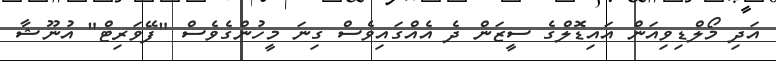
އަދި މޯލްޑިވިއަން އައިޑޮލްގެ ސީޒަން ދެ އެއްގައިވެސް ގިނަ މީހުންގެވެސް "ފޭވަރިޓް" އުނޫޝާ